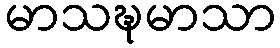
မာသဍ္ဎမာသာ